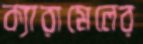
ক্যারামেলের